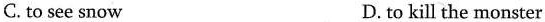
C. to see snow D.to kill the monster